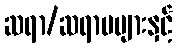
ဆရာ/ဆရာမများနှင့်